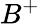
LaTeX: B^{+}